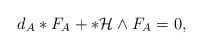
\begin{align*}d_{A}\ast{F_{A}}+\ast\mathcal{H}\wedge F_{A}=0,\end{align*}